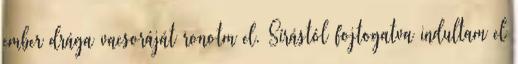
ember drága vacsoráját ronotm el. Sírástól fojtogatva indultam el